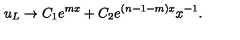
u _ { L } \to C _ { 1 } e ^ { m x } + C _ { 2 } e ^ { ( n - 1 - m ) x } x ^ { - 1 } .